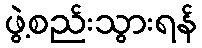
ဖွဲ့စည်းသွားရန်